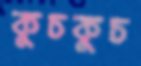
কুচকুচ